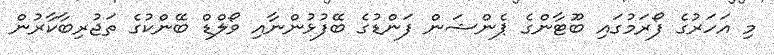
މި އަހަރުގެ ފޯރަމުގައި ބޫޓާންގެ ޕެންޝަން ފަންޑުގެ ބޭފުޅުންނާއި ވޯލްޑް ބޭންކުގެ ތަޖުރިބާކާރުން